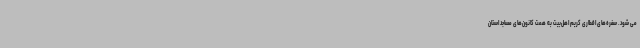
می شود. سفره‌های افطاری کریم اهل‌بیت به همت کانون‌های مساجد استان